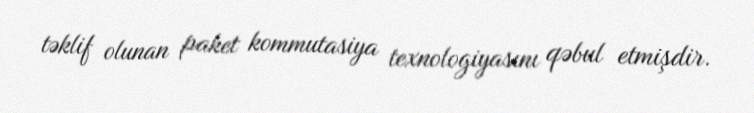
təklif olunan paket kommutasiya texnologiyasını qəbul etmişdir.